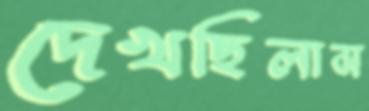
দেখছিলাম